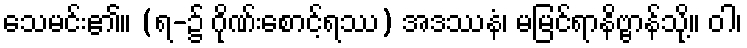
သေမင်း၏။ (ရ-၌ ဂိုဏ်းစောင့်ရဿ) အဒဿနံ၊ မမြင်ရာနိဗ္ဗာန်သို့။ ဝါ၊